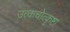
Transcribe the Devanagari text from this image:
उत्कचोत्कृष्टा